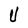
Character: U